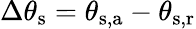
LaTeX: \Delta\theta_{\mathrm{{s}}}=\theta_{\mathrm{{s,a}}}-\theta_{\mathrm{{s,r}}}